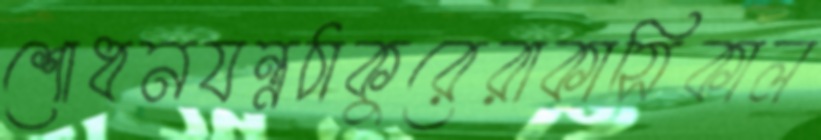
শোধনযন্ত্রঠাকুরেরাকাসিকাল